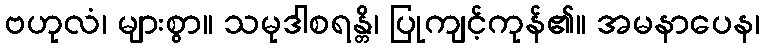
ဗဟုလံ၊ များစွာ။ သမုဒါစရန္တိ၊ ပြုကျင့်ကုန်၏။ အမနာပေန၊